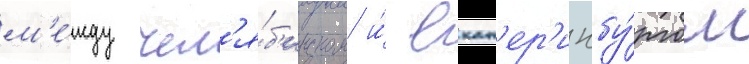
м'е́жду чел'я́б'инском и́ екат'ер'инбу́ргом